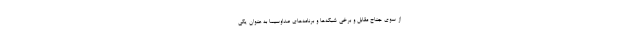
از سوی جناح مقابل و برخی شبکه‌ها و برنامه‌های صداوسیما به عنوان یکی